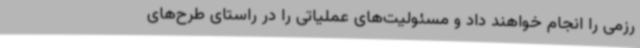
رزمی را انجام خواهند داد و مسئولیت‌های عملیاتی را در راستای طرح‌های